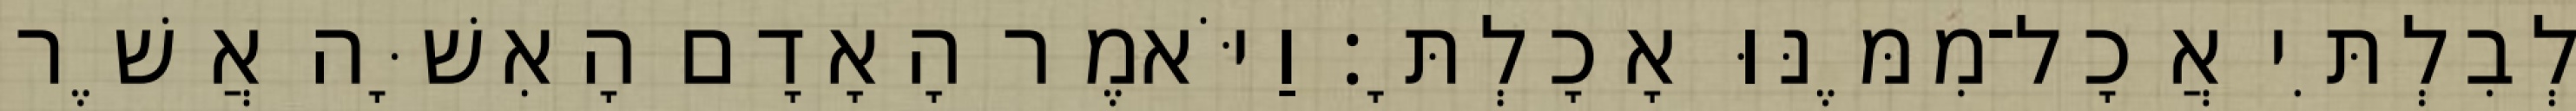
לְבִלְתִּי אֲכָל־מִמֶּנּוּ אָכָלְתָּ׃ וַיֹּאמֶר הָאָדָם הָאִשָּׁה אֲשֶׁר